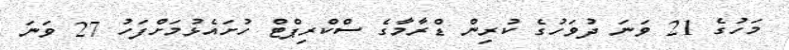
މަހުގެ 21 ވަނަ ދުވަހުގެ ކުރިން ޑްރާމާގެ ސްކްރިޕްޓް ހުށައެޅުމަށްފަހު 27 ވަނަ